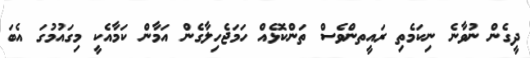
ދީގެން ނުވާނެ ނިކަމެތި ރައީތންވެސް ތަންކޮޅެއް ހަމަޖެހިލާގެން އަމާން ކަމާއެކީ މިގައުމުގަ އެބަ